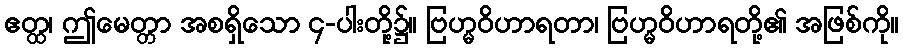
ဧတ္ထ၊ ဤမေတ္တာ အစရှိသော ၄-ပါးတို့၌။ ဗြဟ္မဝိဟာရတာ၊ ဗြဟ္မဝိဟာရတို့၏ အဖြစ်ကို။